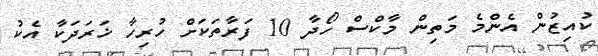
ކުއިޒުން އެންމެ މަތިން މާކްސް ހޯދާ 10 ފަރާތަކަށް ހުރިހާ ޚަރަދަކާ އެކު